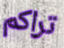
تراكم